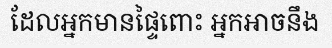
ដែលអ្នកមានផ្ទៃពោះ អ្នកអាចនឹង